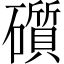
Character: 礩